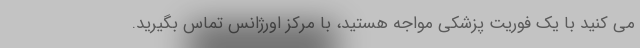
می کنید با یک فوریت پزشکی مواجه هستید، با مرکز اورژانس تماس بگیرید.